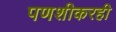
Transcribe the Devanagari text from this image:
पणशीकरही